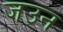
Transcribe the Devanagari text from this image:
जउन